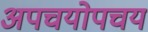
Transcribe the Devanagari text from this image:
अपचयोपचय